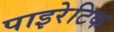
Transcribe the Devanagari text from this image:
पाइरेटिक